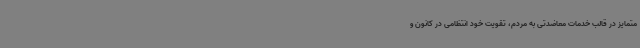
متمایز در قالب خدمات معاضدتی به مردم، تقویت خود انتظامی در کانون و